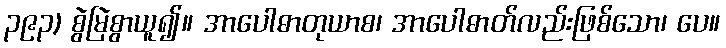
၃၉၃) စွဲမြဲစွာယူ၍။ အာပေါဓာတုယာစ၊ အာပေါဓာတ်လည်းဖြစ်သော၊ ပေ။